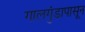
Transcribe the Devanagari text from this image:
गालगुंडापासून